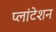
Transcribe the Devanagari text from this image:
प्लांटेशन